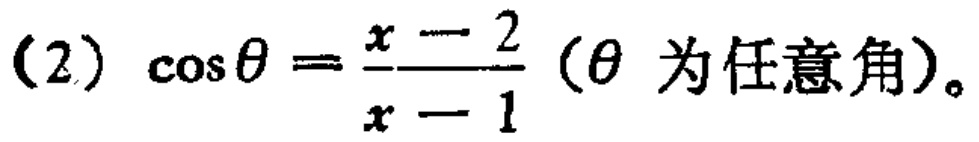
(2) $\cos\theta=\frac{x - 2}{x - 1}$ ($\theta$ 为任意角)。